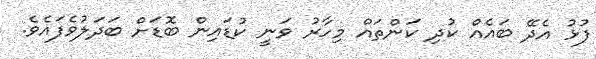
ފުޅު އެދޭ ބައެއް ކުދި ކަންތައް މިހާރު ވަނީ ކުޑައިން ބޮޑަށް ބަދަލުވެފައެވެ.